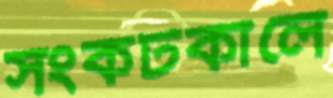
সংকটকালে